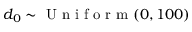
d _ { 0 } \sim \mathrm { ~ U ~ n ~ i ~ f ~ o ~ r ~ m ~ } ( 0 , 1 0 0 )